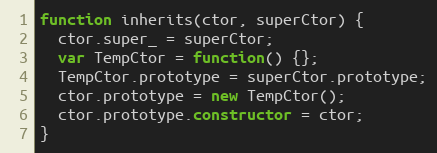
Language: JavaScript
function inherits(ctor, superCtor) {
  ctor.super_ = superCtor;
  var TempCtor = function() {};
  TempCtor.prototype = superCtor.prototype;
  ctor.prototype = new TempCtor();
  ctor.prototype.constructor = ctor;
}